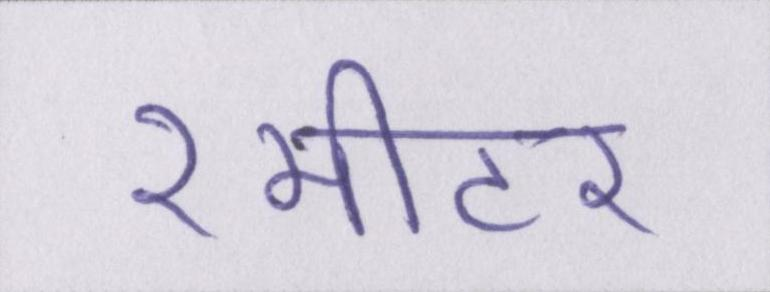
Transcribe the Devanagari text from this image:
२मीटर